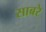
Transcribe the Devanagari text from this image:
साबरे